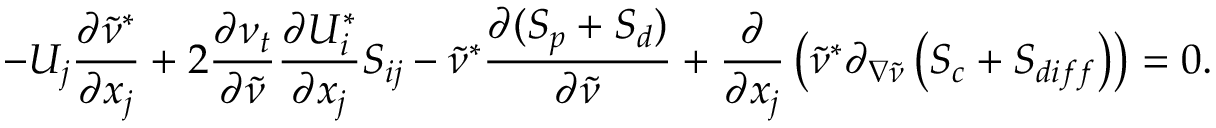
- U _ { j } \frac { \partial \tilde { \nu } ^ { * } } { \partial x _ { j } } + 2 \frac { \partial \nu _ { t } } { \partial \tilde { \nu } } \frac { \partial U _ { i } ^ { * } } { \partial x _ { j } } S _ { i j } - \tilde { \nu } ^ { * } \frac { \partial ( S _ { p } + S _ { d } ) } { \partial \tilde { \nu } } + \frac { \partial } { \partial x _ { j } } \left( \tilde { \nu } ^ { * } \partial _ { \nabla \tilde { \nu } } \left( S _ { c } + S _ { d i f f } \right) \right) = 0 .